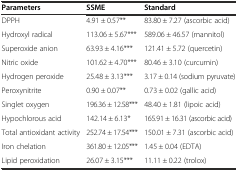
<table><thead><tr><td><b>Parameters</b></td><td><b>SSME</b></td><td><b>Standard</b></td></tr></thead><tbody><tr><td>DPPH</td><td>4.91 ± 0.57**</td><td>83.80 ± 7.27 (ascorbic acid)</td></tr><tr><td>Hydroxyl radical</td><td>113.06 ± 5.67***</td><td>589.06 ± 46.57 (mannitol)</td></tr><tr><td>Superoxide anion</td><td>63.93 ± 4.16***</td><td>121.41 ± 5.72 (quercetin)</td></tr><tr><td>Nitric oxide</td><td>101.62 ± 4.70***</td><td>80.46 ± 3.10 (curcumin)</td></tr><tr><td>Hydrogen peroxide</td><td>25.48 ± 3.13***</td><td>3.17 ± 0.14 (sodium pyruvate)</td></tr><tr><td>Peroxynitrite</td><td>0.90 ± 0.07**</td><td>0.73 ± 0.02 (gallic acid)</td></tr><tr><td>Singlet oxygen</td><td>196.36 ± 12.58***</td><td>48.40 ± 1.81 (lipoic acid)</td></tr><tr><td>Hypochlorous acid</td><td>142.14 ± 6.13*</td><td>165.91 ± 16.31 (ascorbic acid)</td></tr><tr><td>Total antioxidant activity</td><td>252.74 ± 17.54***</td><td>150.01 ± 7.31 (ascorbic acid)</td></tr><tr><td>Iron chelation</td><td>361.80 ± 12.05***</td><td>1.45 ± 0.04 (EDTA)</td></tr><tr><td>Lipid peroxidation</td><td>26.07 ± 3.15***</td><td>11.11 ± 0.22 (trolox)</td></tr></tbody></table>